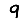
Digit: 9